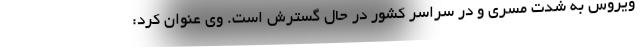
ویروس به شدت مسری و در سراسر کشور در حال گسترش است. وی عنوان کرد: